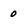
Character: 0